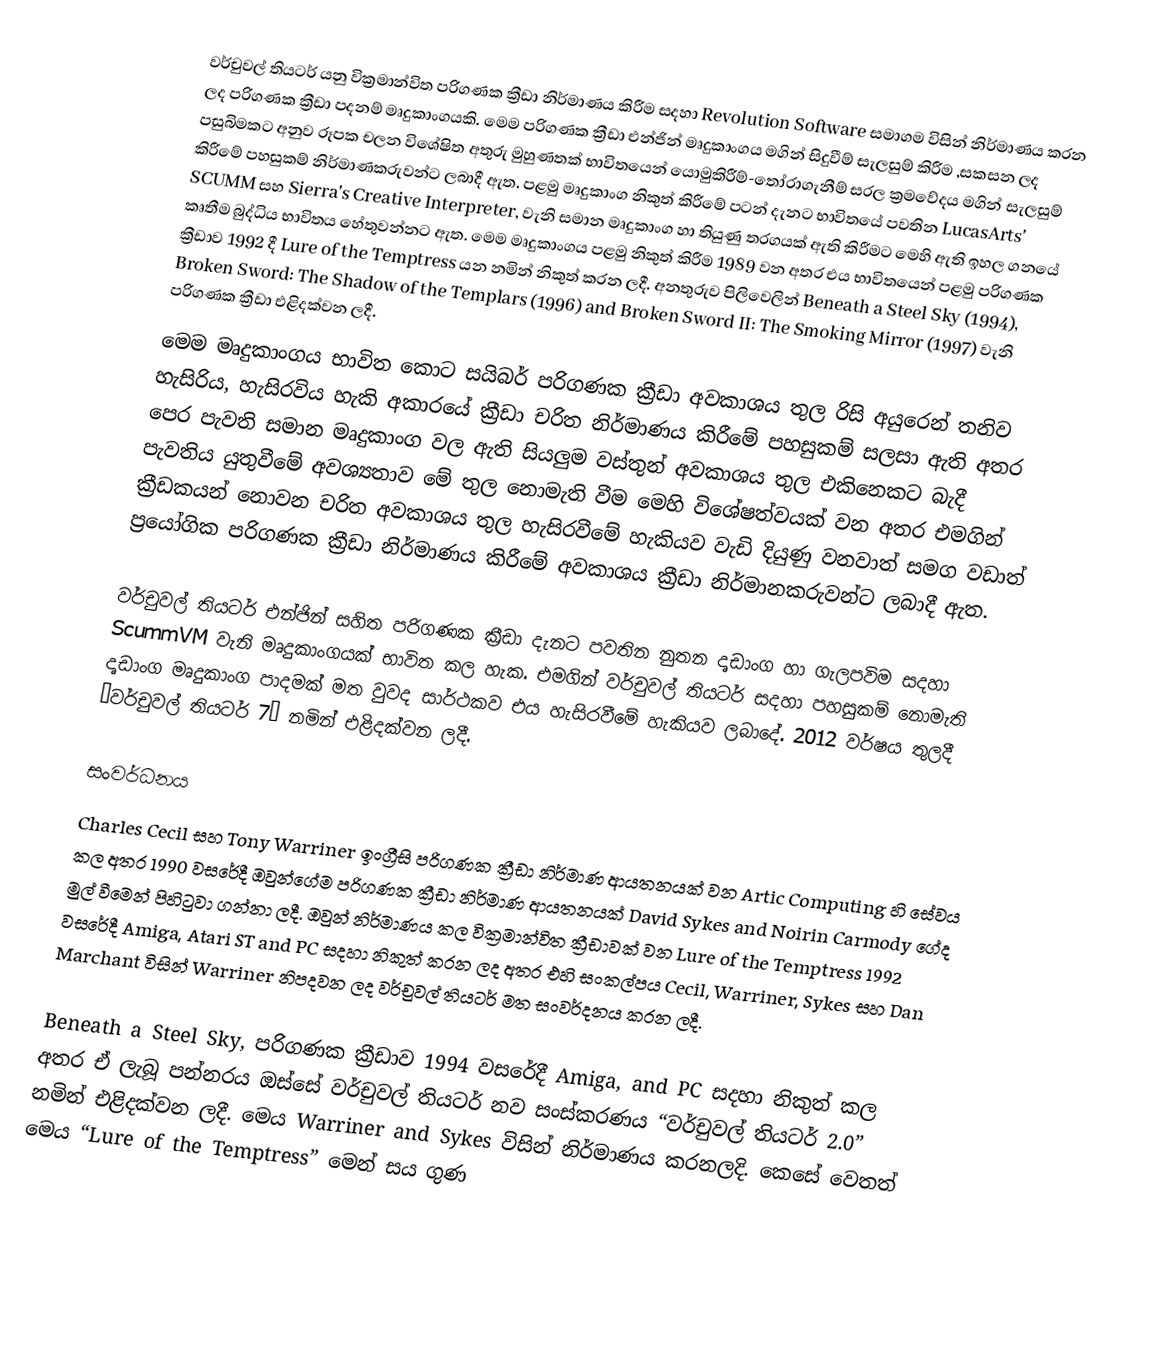
වර්චුවල් තියටර් යනු වික්‍රමාන්විත  පරිගණක ක්‍රීඩා නිර්මාණය කිරීම සදහා Revolution Software සමාගම විසින් නිර්මාණය කරන ලද පරිගණක ක්‍රීඩා පදනම් මෘදුකාංගයකි. මෙම පරිගණක ක්‍රීඩා එන්ජින් මෘදුකාංගය මගින් සිදුවීම්  සැලසුම් කිරීම ,සකසන ලද පසුබිමකට අනුව  රූපක චලන විශේෂිත අතුරු මුහුණතක් භාවිතයෙන් යොමුකිරීම්-තෝරාගැනීම් සරල ක්‍රමවේදය මගින් සැලසුම් කිරීමේ පහසුකම්  නිර්මාණකරුවන්ට ලබාදී ඇත.  පළමු මෘදුකාංග නිකුත් කිරීමේ පටන් දැනට භාවිතයේ පවතින  LucasArts' SCUMM සහ  Sierra's Creative Interpreter, වැනි සමාන මෘදුකාංග හා තියුණු  තරගයක් ඇති කිරීමට මෙහි ඇති ඉහල ගනයේ කෘතීම බුද්ධිය භාවිතය හේතුවන්නට ඇත. මෙම මෘදුකාංගය පළමු නිකුත් කිරීම 1989 වන අතර එය භාවිතයෙන් පළමු පරිගණක ක්‍රීඩාව 1992 දී  Lure of the Temptress යන නමින් නිකුත් කරන ලදී. අනතුරුව පිලිවෙලින් Beneath a Steel Sky (1994), Broken Sword: The Shadow of the Templars (1996) and Broken Sword II: The Smoking Mirror (1997) වැනි පරිගණක ක්‍රීඩා එළිදක්වන ලදී.
මෙම මෘදුකාංගය භාවිත කොට සයිබර් පරිගණක ක්‍රීඩා  අවකාශය තුල රිසි අයුරෙන් තනිව හැසිරිය, හැසිරවිය  හැකි අකාරයේ ක්‍රීඩා චරිත නිර්මාණය කිරීමේ පහසුකම් සලසා ඇති අතර පෙර පැවති සමාන මෘදුකාංග වල ඇති සියලුම වස්තුන් අවකාශය තුල එකිනෙකට බැදී පැවතිය යුතුවීමේ අවශ්‍යතාව මේ තුල නොමැති වීම මෙහි විශේෂත්වයක් වන අතර එමගින් ක්‍රීඩකයන් නොවන චරිත අවකාශය තුල  හැසිරවීමේ හැකියව වැඩි දියුණු වනවාත් සමග වඩාත් ප්‍රයෝගික පරිගණක ක්‍රීඩා නිර්මාණය කිරීමේ අවකාශය  ක්‍රීඩා නිර්මානකරුවන්ට ලබාදී ඇත.

වර්චුවල් තියටර් එන්ජින් සහිත පරිගණක ක්‍රීඩා දැනට පවතින නුතන දෘඩාංග හා ගැලපවිම සදහා ScummVM වැනි මෘදුකාංගයක් භාවිත කල හැක. එමගින් වර්චුවල් තියටර් සදහා පහසුකම් නොමැති දෘඩාංග මෘදුකාංග පාදමක් මත වුවද සාර්ථකව එය හැසිරවීමේ හැකියව ලබාදේ. 2012 වර්ෂය තුලදී “වර්චුවල් තියටර් 7” නමින් එළිදක්වන ලදී.

සංවර්ධනය
Charles Cecil සහ Tony Warriner ඉංග්‍රීසි පරිගණක ක්‍රීඩා නිර්මාණ ආයතනයක් වන Artic Computing හි සේවය කල අතර 1990 වසරේදී ඔවුන්ගේම පරිගණක ක්‍රීඩා නිර්මාණ ආයතනයක් David Sykes and Noirin Carmody ගේද මුල් වීමෙන් පිහිටුවා ගන්නා ලදී. ඔවුන් නිර්මාණය කල වික්‍රමාන්විත  ක්‍රීඩාවක් වන   Lure of the Temptress 1992 වසරේදී Amiga, Atari ST and PC සදහා නිකුත් කරන ලද අතර එහි සංකල්පය  Cecil, Warriner, Sykes සහ  Dan Marchant විසින් Warriner නිපදවන ලද වර්චුවල් තියටර් මත සංවර්දනය කරන ලදී.

Beneath a Steel Sky, පරිගණක ක්‍රීඩාව 1994 වසරේදී Amiga, and PC සදහා නිකුත් කල අතර  ඒ ලැබූ පන්නරය ඔස්සේ  වර්චුවල් තියටර් නව සංස්කරණය “වර්චුවල් තියටර් 2.0” නමින් එළිදක්වන ලදී. මෙය Warriner and Sykes  විසින් නිර්මාණය කරනලදි. කෙසේ වෙතත් මෙය “Lure of the Temptress”  මෙන් සය ගුණ